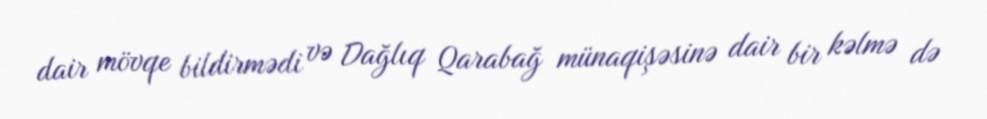
dair mövqe bildirmədi və Dağlıq Qarabağ münaqişəsinə dair bir kəlmə də